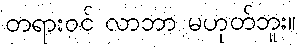
တရားဝင် လာဘာ မဟုတ်ဘူး။